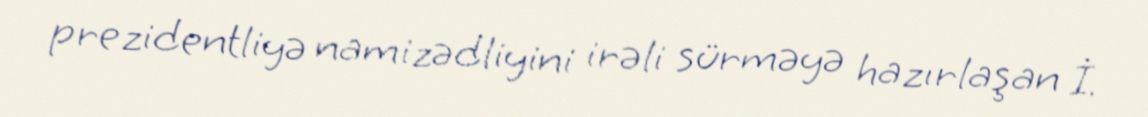
prezidentliyə namizədliyini irəli sürməyə hazırlaşan İ.